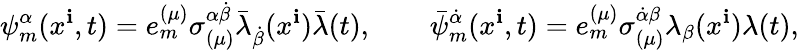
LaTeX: \psi_{m}^{\alpha}(x^{\mathbf{i}},t)=e_{m}^{(\mu)}\sigma_{(\mu)}^{\alpha\dot{{\beta}}}\bar{{\lambda}}_{\dot{{\beta}}}(x^{\mathbf{i}})\bar{{\lambda}}(t),\qquad\bar{{\psi}}_{m}^{\dot{{\alpha}}}(x^{\mathbf{i}},t)=e_{m}^{(\mu)}\sigma_{(\mu)}^{\dot{{\alpha}}\beta}\lambda_{\beta}(x^{\mathbf{i}})\lambda(t),